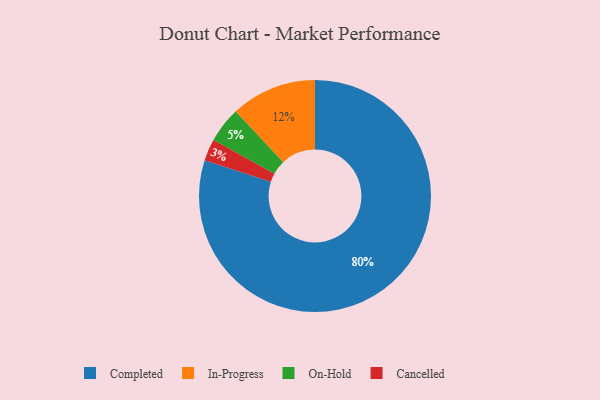
{"axis": {"x": "Category", "y": "Percentage"}, "legend": ["Cancelled", "Completed", "In-Progress", "On-Hold"], "data": [{"x": "On-Hold", "y": 5, "type": "On-Hold"}, {"x": "Cancelled", "y": 3, "type": "Cancelled"}, {"x": "In-Progress", "y": 12, "type": "In-Progress"}, {"x": "Completed", "y": 80, "type": "Completed"}]}